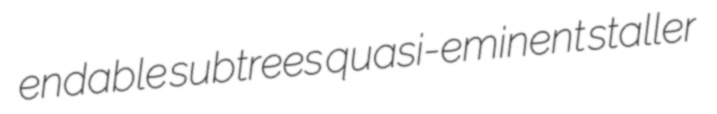
endable subtrees quasi-eminent staller